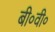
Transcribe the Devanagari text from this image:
बी०वी०